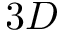
3 D